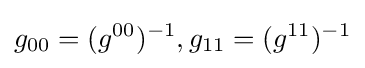
g_{00}=(g^{00})^{-1},g_{11}=(g^{11})^{-1}